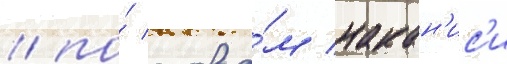
/ по́ слова́м накан'ис'и